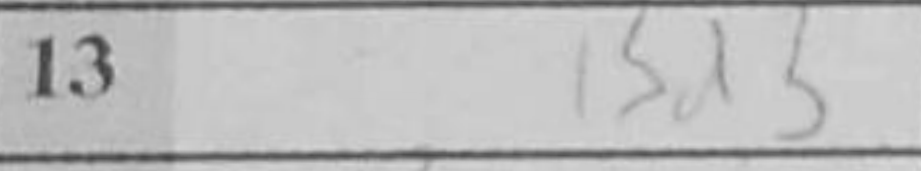
Transcription: Bd3